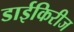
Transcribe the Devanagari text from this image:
डाईकिरीज